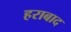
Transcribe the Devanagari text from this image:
हराबाद